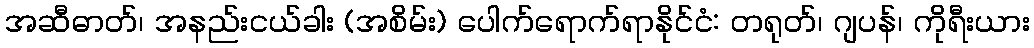
အဆီဓာတ်၊ အနည်းငယ်ခါး (အစိမ်း) ပေါက်ရောက်ရာနိုင်ငံ: တရုတ်၊ ဂျပန်၊ ကိုရီးယား